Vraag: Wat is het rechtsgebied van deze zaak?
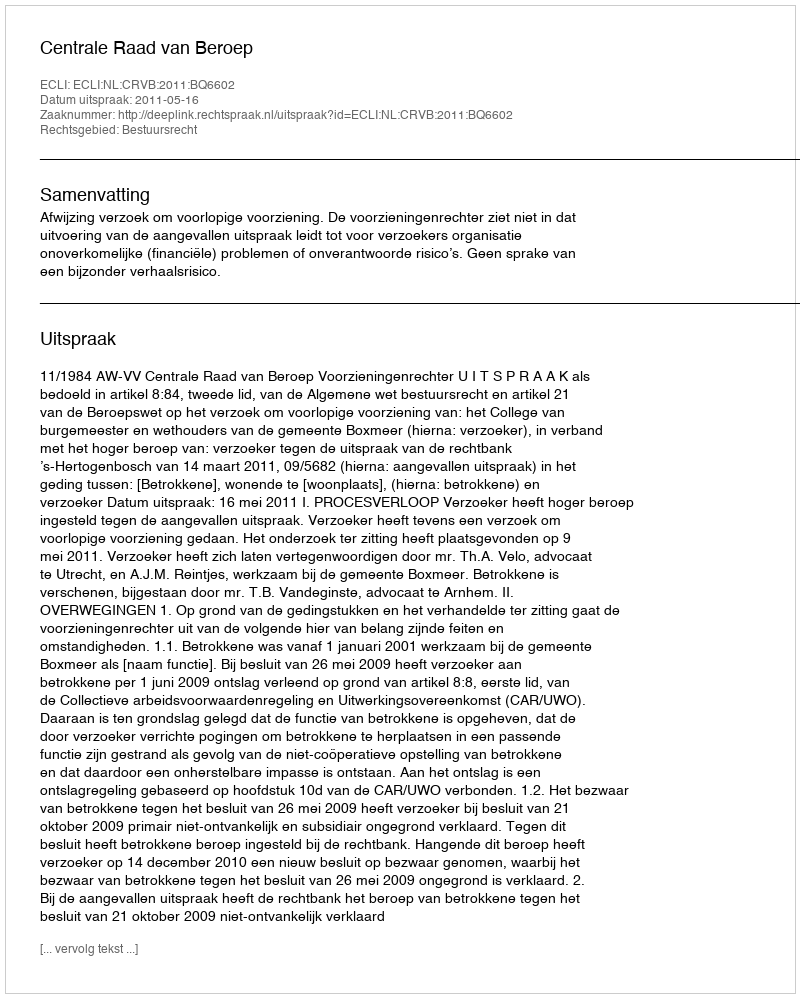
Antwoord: Bestuursrecht